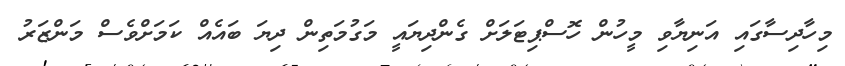
މިހާދިސާގައި އަނިޔާވި މީހުން ހޮސްޕިޓަލަށް ގެންދިޔައީ މަގުމަތިން ދިޔަ ބައެއް ކަމަށްވެސް މަންޒަރު